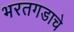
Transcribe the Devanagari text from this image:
भरतगडाचे